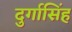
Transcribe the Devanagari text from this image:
दुर्गासिंह